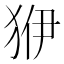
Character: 𤝳